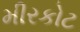
મીરકોટ